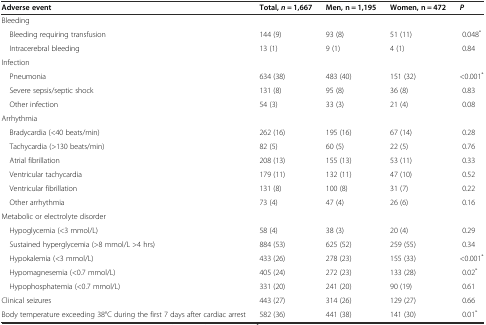
<table><thead><tr><td><b>Adverse event</b></td><td><b>Total,<i>n =</i> 1,667</b></td><td><b>Men, n = 1,195</b></td><td><b>Women, n = 472</b></td><td><b><i>P</i></b></td></tr></thead><tbody><tr><td>Bleeding</td><td></td><td></td><td></td><td></td></tr><tr><td> Bleeding requiring transfusion</td><td>144 (9)</td><td>93 (8)</td><td>51 (11)</td><td>0.048<sup>*</sup></td></tr><tr><td> Intracerebral bleeding</td><td>13 (1)</td><td>9 (1)</td><td>4 (1)</td><td>0.84</td></tr><tr><td>Infection</td><td></td><td></td><td></td><td></td></tr><tr><td> Pneumonia</td><td>634 (38)</td><td>483 (40)</td><td>151 (32)</td><td>&lt;0.001<sup>*</sup></td></tr><tr><td> Severe sepsis/septic shock</td><td>131 (8)</td><td>95 (8)</td><td>36 (8)</td><td>0.83</td></tr><tr><td> Other infection</td><td>54 (3)</td><td>33 (3)</td><td>21 (4)</td><td>0.08</td></tr><tr><td>Arrhythmia</td><td></td><td></td><td></td><td></td></tr><tr><td> Bradycardia (&lt;40 beats/min)</td><td>262 (16)</td><td>195 (16)</td><td>67 (14)</td><td>0.28</td></tr><tr><td> Tachycardia (&gt;130 beats/min)</td><td>82 (5)</td><td>60 (5)</td><td>22 (5)</td><td>0.76</td></tr><tr><td> Atrial fibrillation</td><td>208 (13)</td><td>155 (13)</td><td>53 (11)</td><td>0.33</td></tr><tr><td> Ventricular tachycardia</td><td>179 (11)</td><td>132 (11)</td><td>47 (10)</td><td>0.52</td></tr><tr><td> Ventricular fibrillation</td><td>131 (8)</td><td>100 (8)</td><td>31 (7)</td><td>0.22</td></tr><tr><td> Other arrhythmia</td><td>73 (4)</td><td>47 (4)</td><td>26 (6)</td><td>0.16</td></tr><tr><td>Metabolic or electrolyte disorder</td><td></td><td></td><td></td><td></td></tr><tr><td> Hypoglycemia (&lt;3 mmol/L)</td><td>58 (4)</td><td>38 (3)</td><td>20 (4)</td><td>0.29</td></tr><tr><td> Sustained hyperglycemia (&gt;8 mmol/L &gt;4 hrs)</td><td>884 (53)</td><td>625 (52)</td><td>259 (55)</td><td>0.34</td></tr><tr><td> Hypokalemia (&lt;3 mmol/L)</td><td>433 (26)</td><td>278 (23)</td><td>155 (33)</td><td>&lt;0.001<sup>*</sup></td></tr><tr><td> Hypomagnesemia (&lt;0.7 mmol/L)</td><td>405 (24)</td><td>272 (23)</td><td>133 (28)</td><td>0.02<sup>*</sup></td></tr><tr><td> Hypophosphatemia (&lt;0.7 mmol/L)</td><td>331 (20)</td><td>241 (20)</td><td>90 (19)</td><td>0.61</td></tr><tr><td>Clinical seizures</td><td>443 (27)</td><td>314 (26)</td><td>129 (27)</td><td>0.66</td></tr><tr><td>Body temperature exceeding 38°C during the first 7 days after cardiac arrest</td><td>582 (36)</td><td>441 (38)</td><td>141 (30)</td><td>0.01<sup>*</sup></td></tr></tbody></table>